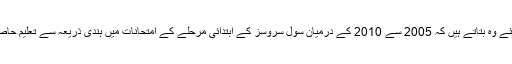
امتحانات کے نتائج سے متعلق UPSC کے دستاویز ات دکھاتے ہوئے وہ بتاتے ہیں کہ 2005 سے 2010 کے درمیان سول سروسز کے ابتدائی مرحلے کے امتحانات میں ہندی ذریعہ سے تعلیم حاصل کرنے والے طلبہ کی کامیابی کی شرح میں کافی گراوٹ آئی ہے۔